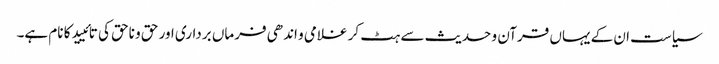
سیاست ان کے یہاں قرآن و حدیث سے ہٹ کر غلامی و اندھی فرماں برداری اور حق و ناحق کی تائیید کا نام ہے۔